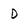
Character: D